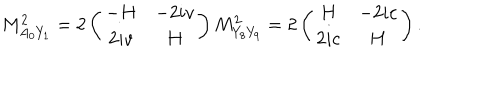
M _ { A _ { 0 } Y _ { 1 } } ^ { 2 } = 2 \left( \begin{array} { c c } { { - H } } & { { - 2 i v } } \\ { { 2 i v } } & { { H } } \\ \end{array} \right) M _ { Y _ { 8 } Y _ { 9 } } ^ { 2 } = 2 \left( \begin{array} { c c } { { H } } & { { - 2 i c } } \\ { { 2 i c } } & { { H } } \\ \end{array} \right) .